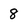
Character: 8